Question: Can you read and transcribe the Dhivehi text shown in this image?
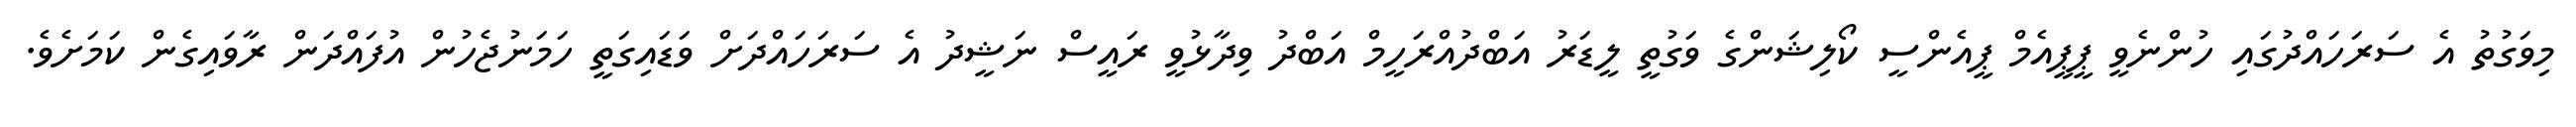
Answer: މިވަގުތު އެ ސަރަހައްދުގައި ހުންނެވީ ޕީޕީއެމް ޕީއެންސީ ކޯލިޝަންގެ ވަގުތީ ލީޑަރު އަބްދުއްރަހީމް އަބްދު ވިދާޅުވީ ރައީސް ނަޝީދު އެ ސަރަހައްދަށް ވަޑައިގަތީ ހަމަނުޖެހުން އުފައްދަން ރާވައިގެން ކަމަށެވެ.